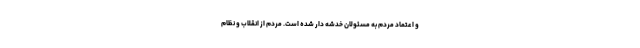
و اعتماد مردم به مسئولان خدشه دار شده است. مردم از انقلاب و نظام